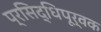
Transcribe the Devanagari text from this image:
प्रसिद्धिपूर्वक